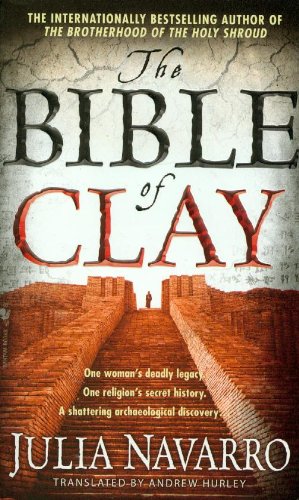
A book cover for The Bible of Clay; Julia Navarro; Literature & Fiction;